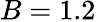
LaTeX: B=1.2